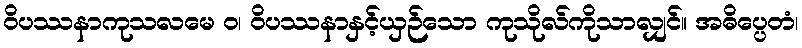
ဝိပဿနာကုသလမေ ဝ၊ ဝိပဿနာနှင့်ယှဉ်သော ကုသိုလ်ကိုသာလျှင်။ အဓိပ္ပေတံ၊